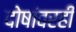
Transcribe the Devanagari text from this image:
दोषांवरही